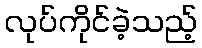
လုပ်ကိုင်ခဲ့သည့်